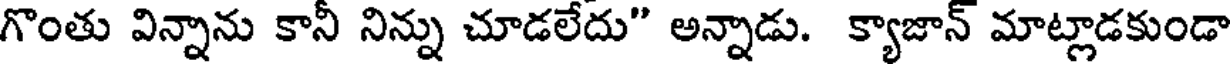
గొంతు విన్నాను కానీ నిన్ను చూడలేదు" అన్నాడు. క్యాజాన్ మాట్లాడకుండా